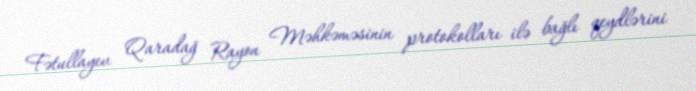
Fətullayev Qaradağ Rayon Məhkəməsinin protokolları ilə bağlı qeydlərini